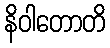
နိဝါတောတိ